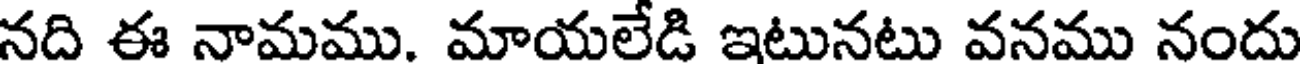
నది ఈ నామము. మాయలేడి ఇటునటు వనము నందు